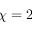
\chi = 2